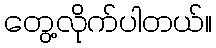
တွေ့လိုက်ပါတယ်။